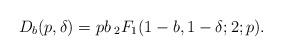
LaTeX: \begin{align*} D_b(p,\delta)=pb\:_2F_1(1-b, 1-\delta; 2; p).\end{align*}